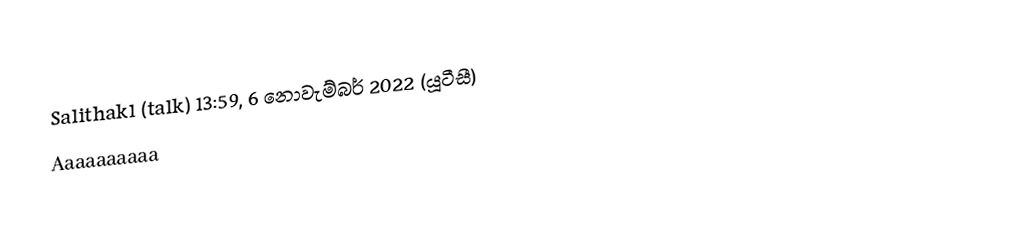
Salithak1 (talk) 13:59, 6 නොවැම්බර් 2022 (යූටීසී)
Aaaaaaaaaa